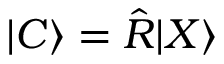
| C \rangle = \hat { R } | X \rangle